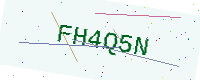
Text: FH4Q5N